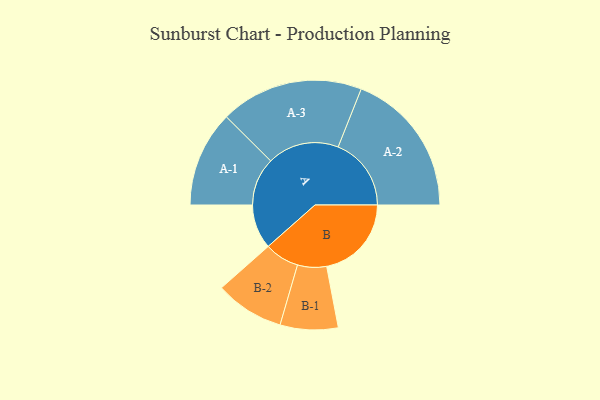
{"axis": {"x": "Segment", "y": "Value"}, "legend": ["", "A", "B"], "data": [{"x": "A", "y": 175, "type": ""}, {"x": "B", "y": 334, "type": ""}, {"x": "A-1", "y": 189, "type": "A"}, {"x": "A-2", "y": 288, "type": "A"}, {"x": "A-3", "y": 282, "type": "A"}, {"x": "B-1", "y": 114, "type": "B"}, {"x": "B-2", "y": 136, "type": "B"}]}